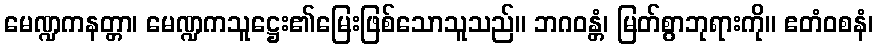
မေဏ္ဍကနတ္တာ၊ မေဏ္ဍကသူဋ္ဌေး၏မြေးဖြစ်သောသူသည်။ ဘဂဝန္တံ၊ မြတ်စွာဘုရားကို။ ဧတံဝစနံ၊